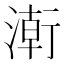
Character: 𭱸